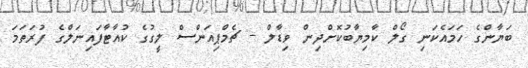
ބަޔާންގެ ހަމައެކަނި ގޯލް ކާމިޔާބުކޮށްދިން ވިޑާލް - ޗެމްޕިއަންސް ލީގުގެ ކުއާޓާފައިނަލްގެ ފުރަތަމަ